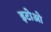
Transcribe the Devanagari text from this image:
इटोओ